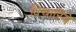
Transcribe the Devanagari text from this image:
विचारिये